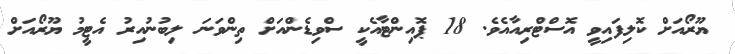
ޔޫރޯއަށް ކޮލިފައިވީ އޮސްޓްރިއާއެވެ. 18 ޕޮއިންޓާއެކީ ސްވިޑެންއަށް ތިންވަނަ ލިބުނުއިރު އެޓީމު ޔޫރޯއަށް